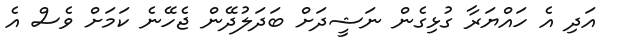
އަދި އެ ހައްޔަރާ ގުޅިގެން ނަޝީދަށް ބަދަލުދޭން ޖެހޭނެ ކަމަށް ވެސް އެ